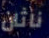
ناثان